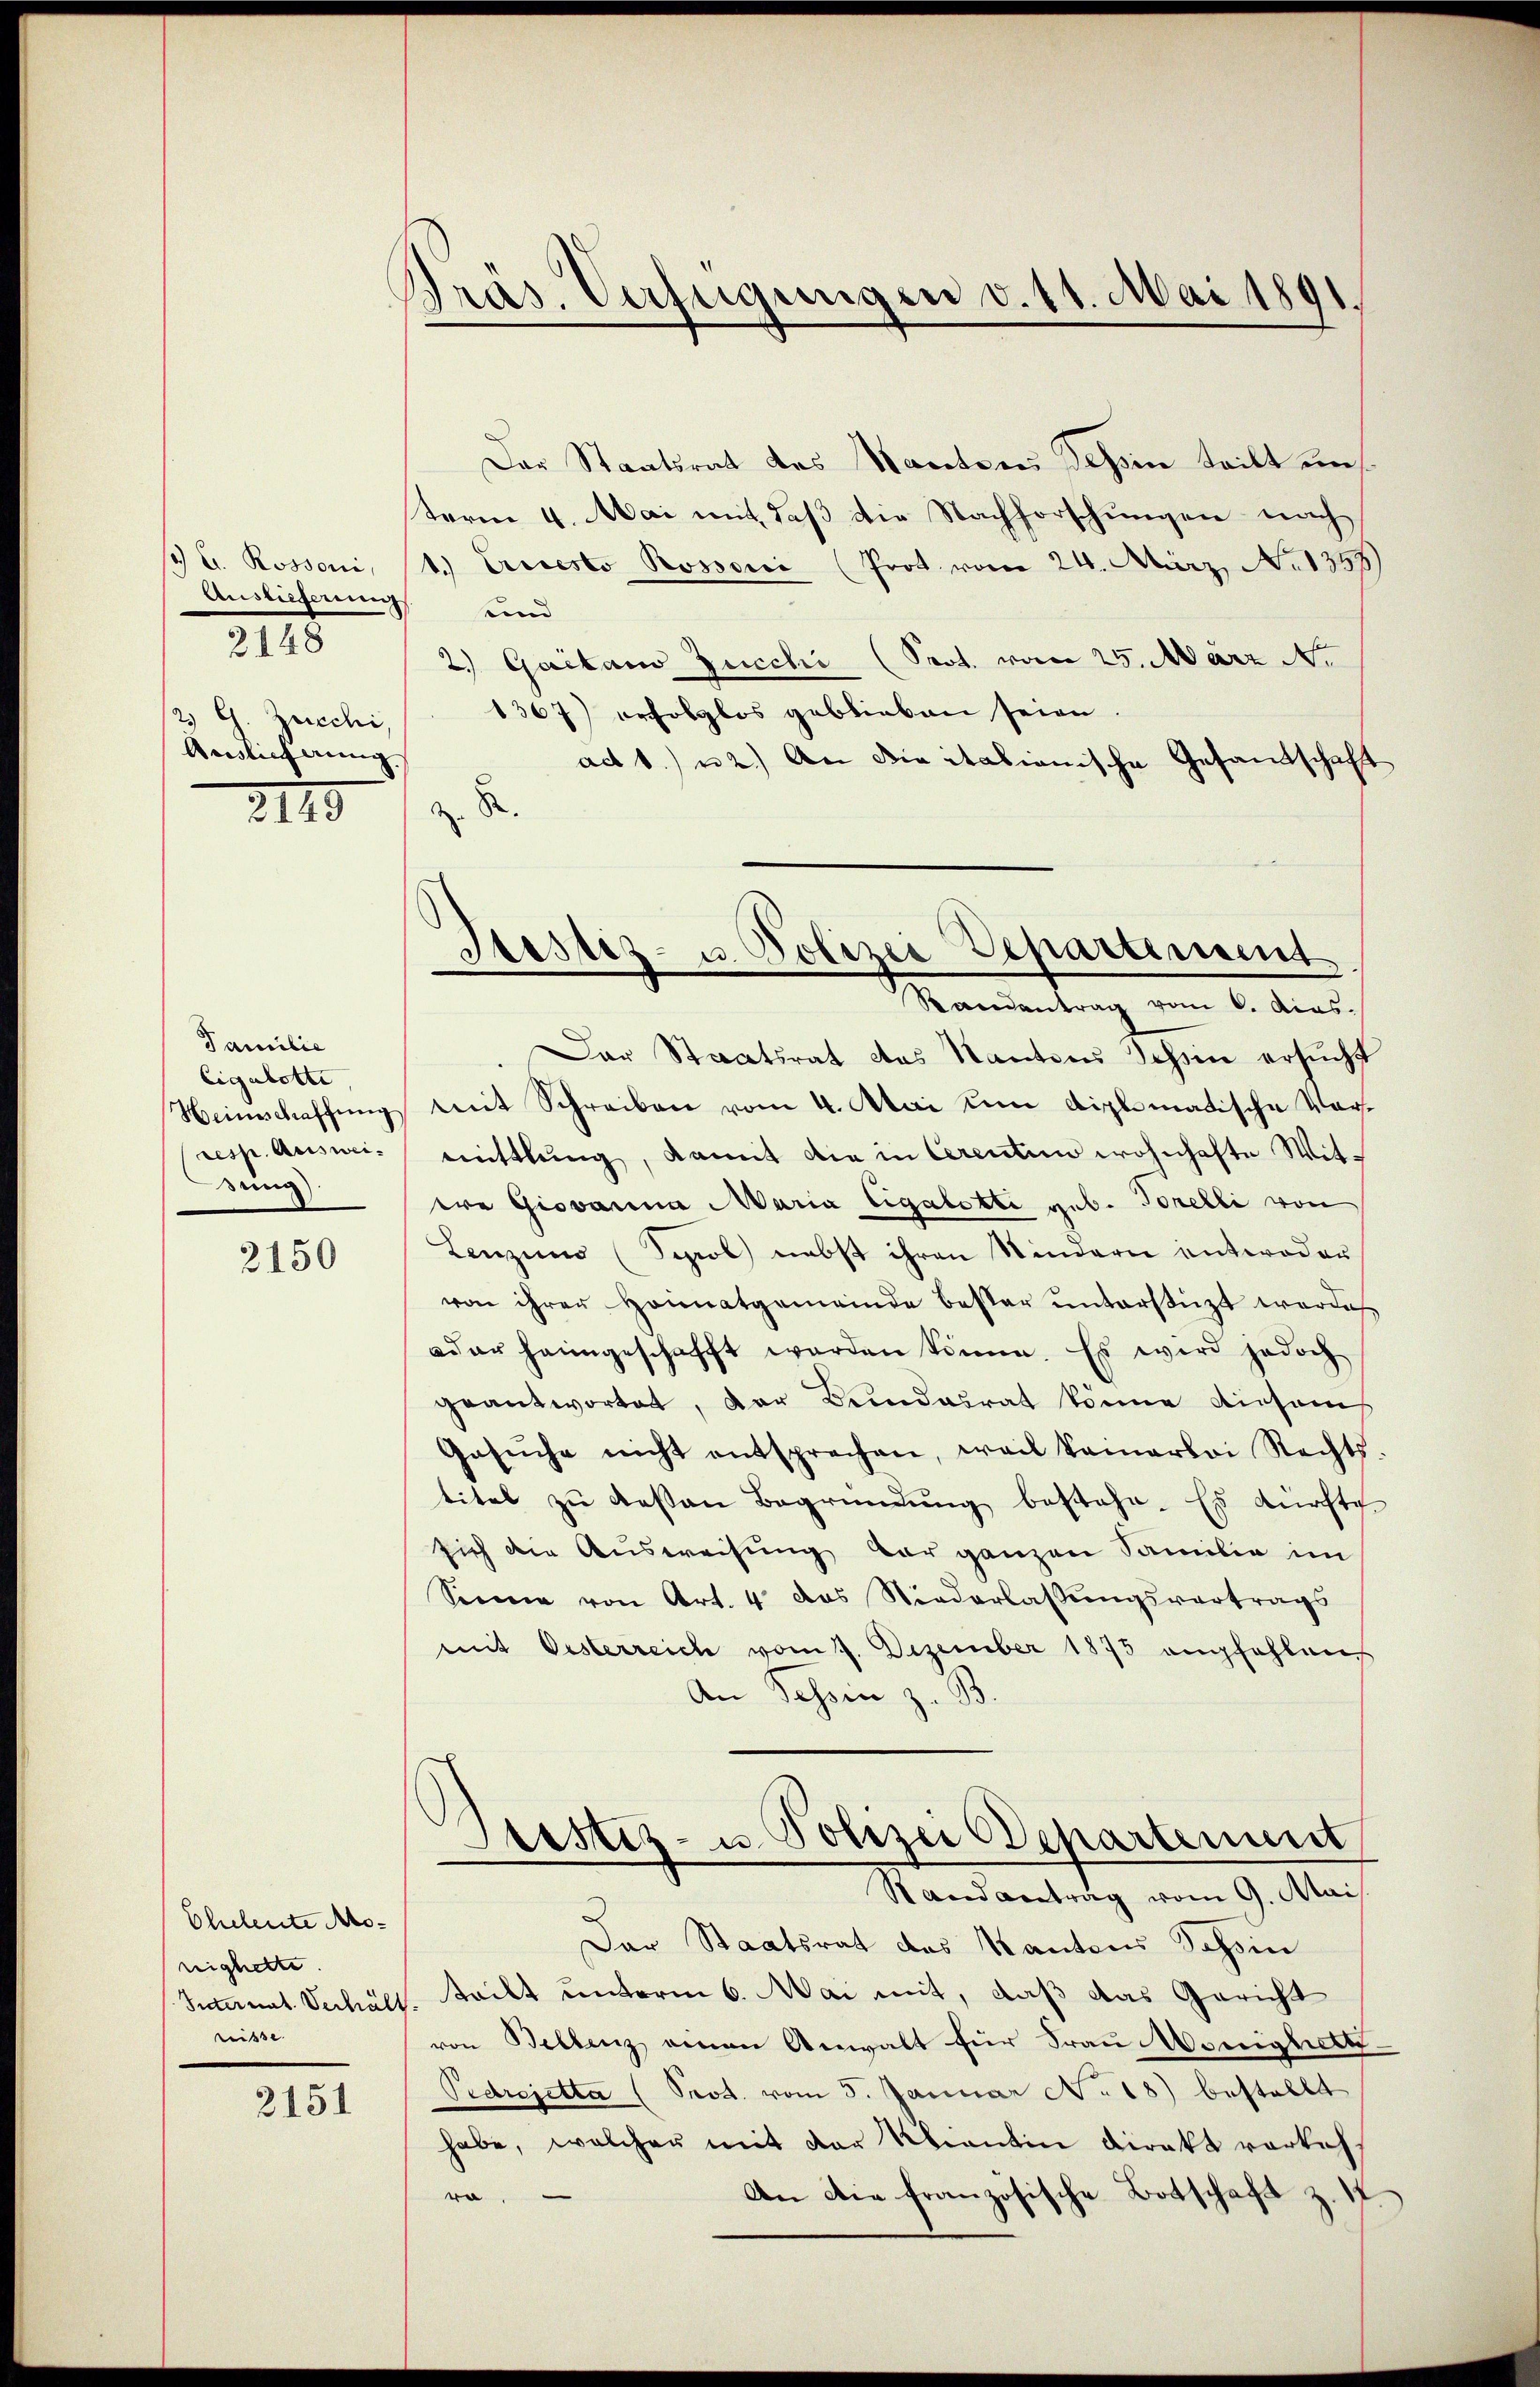
1 u. Rossoni,
Auslieferung und
Zucchi,
Andlichnung.

2148

2120

Familie
Eigalotte,
Heinschaffung
resp. Auswei¬
Bei

2150

Eheleute Monighette
Suternat. Verhält
rüsse. |

2151

Präs. Verfügungen v. 11. Mai 1891
)

Der Staatsrat des Manten Tessin teilt in
term 4. Mai mit, daß die Nachforschungen nach
1.) Ernesto Rossorii (Prot. vom 24. März, No 1348)
2.) Gaitaus Zucchi (Prot. von 25. März d.
1367) erfolglos geblieben seien.
act 1. u 2.) An die itationische Gesandtschaft
.
z
Randantrag vom 6. Acas.
Das Staatsrat des Kantons Schein ersucht
mit Schreiben vom 4. Mai um diplomatische Vormittlung, kannt die in Cerenten wohnhafte Witere Giovanna Maria Cigalette geb. Forelli von
Lenzins (Sepol) nebst ihren Kindern entweder
von ihrer Heimatgemeinde besser ŭnterstüzt worde
oder heimgeschafft werden könne. Es wird jedoch
geantwortet, der Bundesrat könne diesem
Gesŭche nicht entsprechen, weil keinerlei Rechts-
titel zu dessen Begründung bestehe. Es dürfte
sich die Ausweisung dar ganzen Familie im
Sonne von Art. 4 das Niederlassŭngsvertrags
mit Oesterreich vom 7. Dezember 1875 empfehlen
An Schin z. B
Justiz- u. Polizei Departement
Stand antrag vom 9. Mai
.
Der Staatsrat des Kantons Schin
teilt unterm 6. Mai mit, daß das Gericht
von Bellenz einen Anwalt für Frau Moniglich
Pedrejetta (Prot. vom 5. Januar No. 18) bestellt
habe, welcher mit der Kliantin direkt verkehe
An die französische Botschaft z.

Justiz- u. Polizei Departement